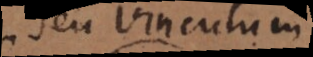
seu vinculum